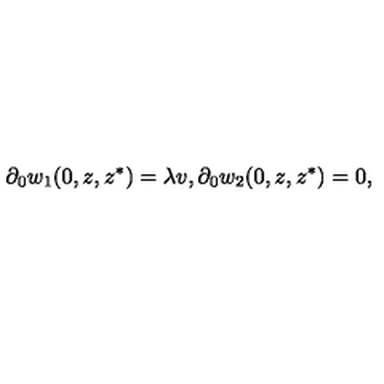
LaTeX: \partial _ { 0 } w _ { 1 } ( 0 , z , z ^ { * } ) = \lambda v , \partial _ { 0 } w _ { 2 } ( 0 , z , z ^ { * } ) = 0 ,